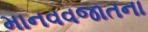
માનવવજાતના